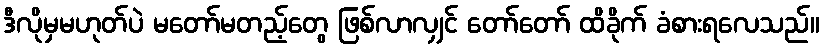
ဒီလိုမှမဟုတ်ပဲ မတော်မတည့်တွေ ဖြစ်လာလျှင် တော်တော် ထိခိုက် ခံစားရလေသည်။